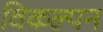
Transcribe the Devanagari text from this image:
विकल्पन